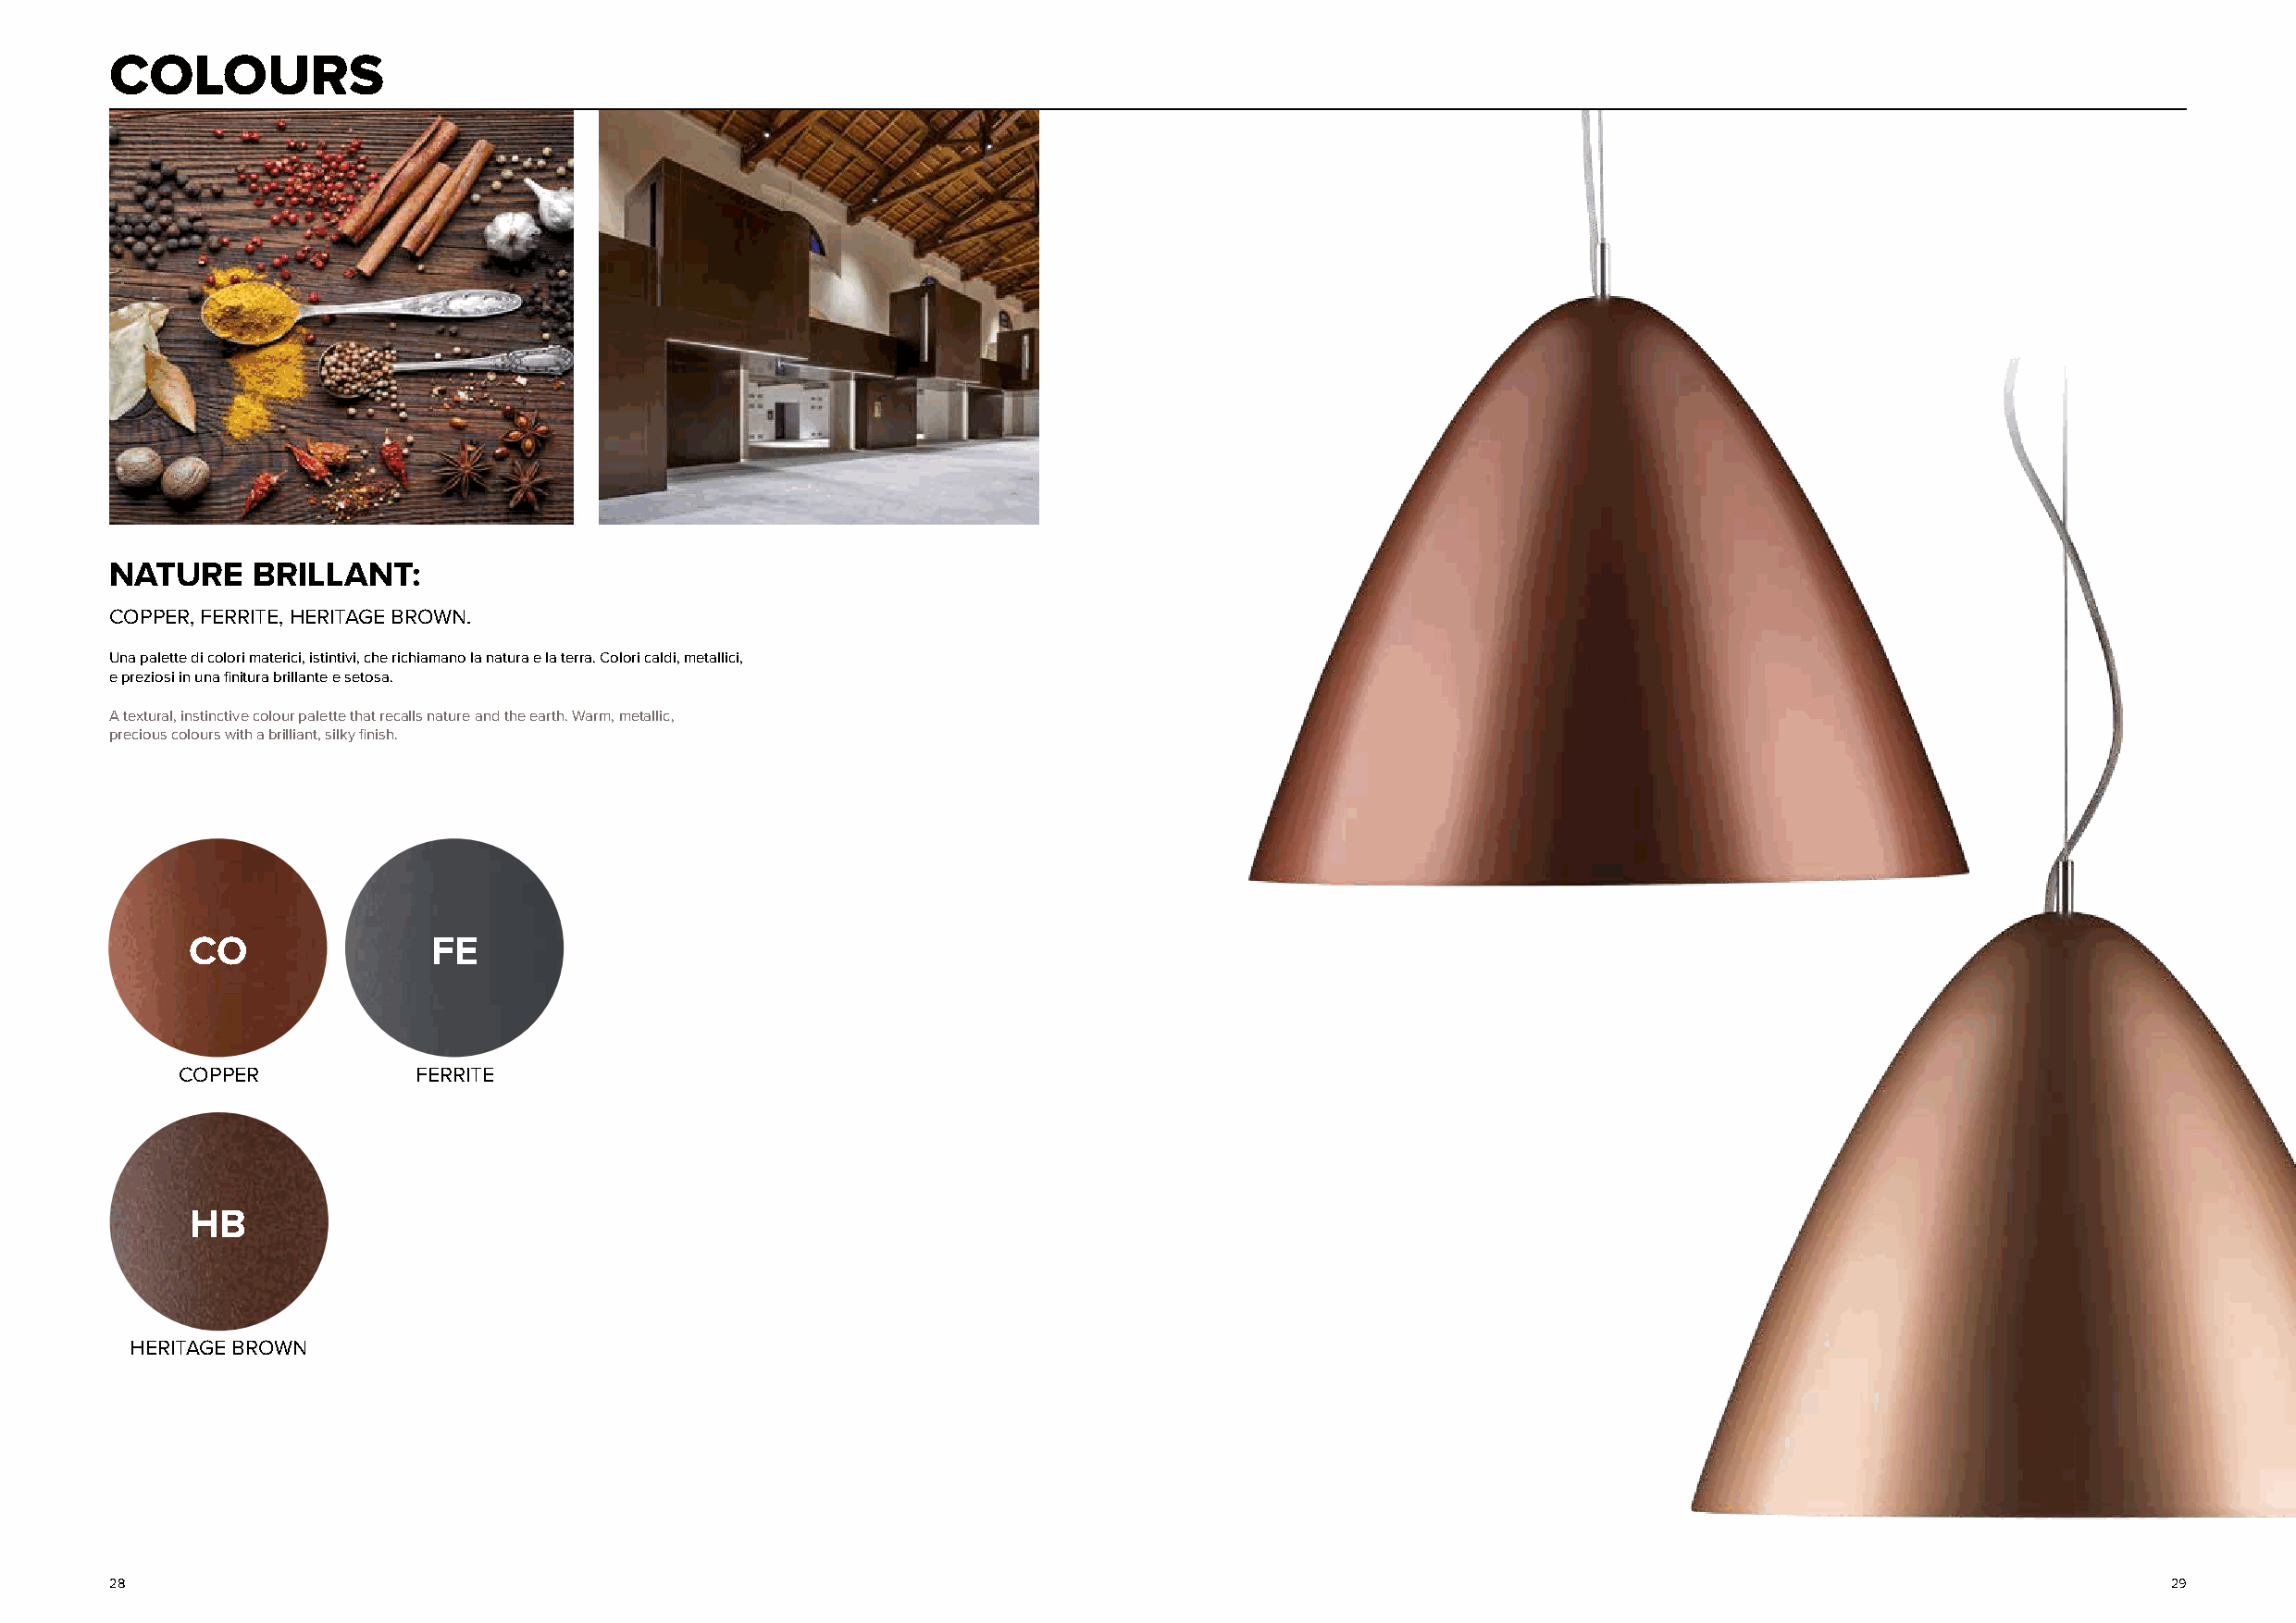
ZCEONLOOURS
 NATURE    BRILLANT:
 COPPER, FERRITE, HERITAGE BROWN.
 Una palette di colori materici, istintivi, che richiamano la natura e la terra. Colori caldi, metallici,
 e preziosi in una finitura brillante e setosa.
 A textural, instinctive colour palette that recalls nature and the earth. Warm, metallic,
 precious colours with a brilliant, silky finish.
 CO               FE
 COPPER           FERRITE
 HB
 HERITAGE BROWN
 28                                                                                                                                                 29